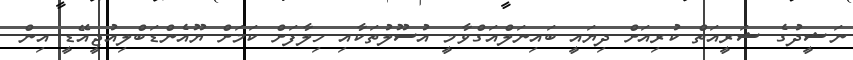
ނަޝީދުގެ ޝަރީއަތް ކުރިއަށް ދިޔައީ ބައިނަލްއަގްވާމީ އުސޫލުތަކާއި ހިލާފަށް ކަމަށް ޔޫއެންޑަބްލިއުޖީއޭޑީ އިން